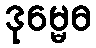
ဒုမ္မေဓ